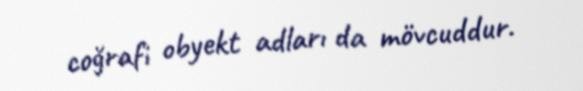
coğrafi obyekt adları da mövcuddur.